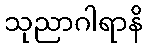
သုညာဂါရာနိ